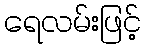
ရေလမ်းဖြင့်